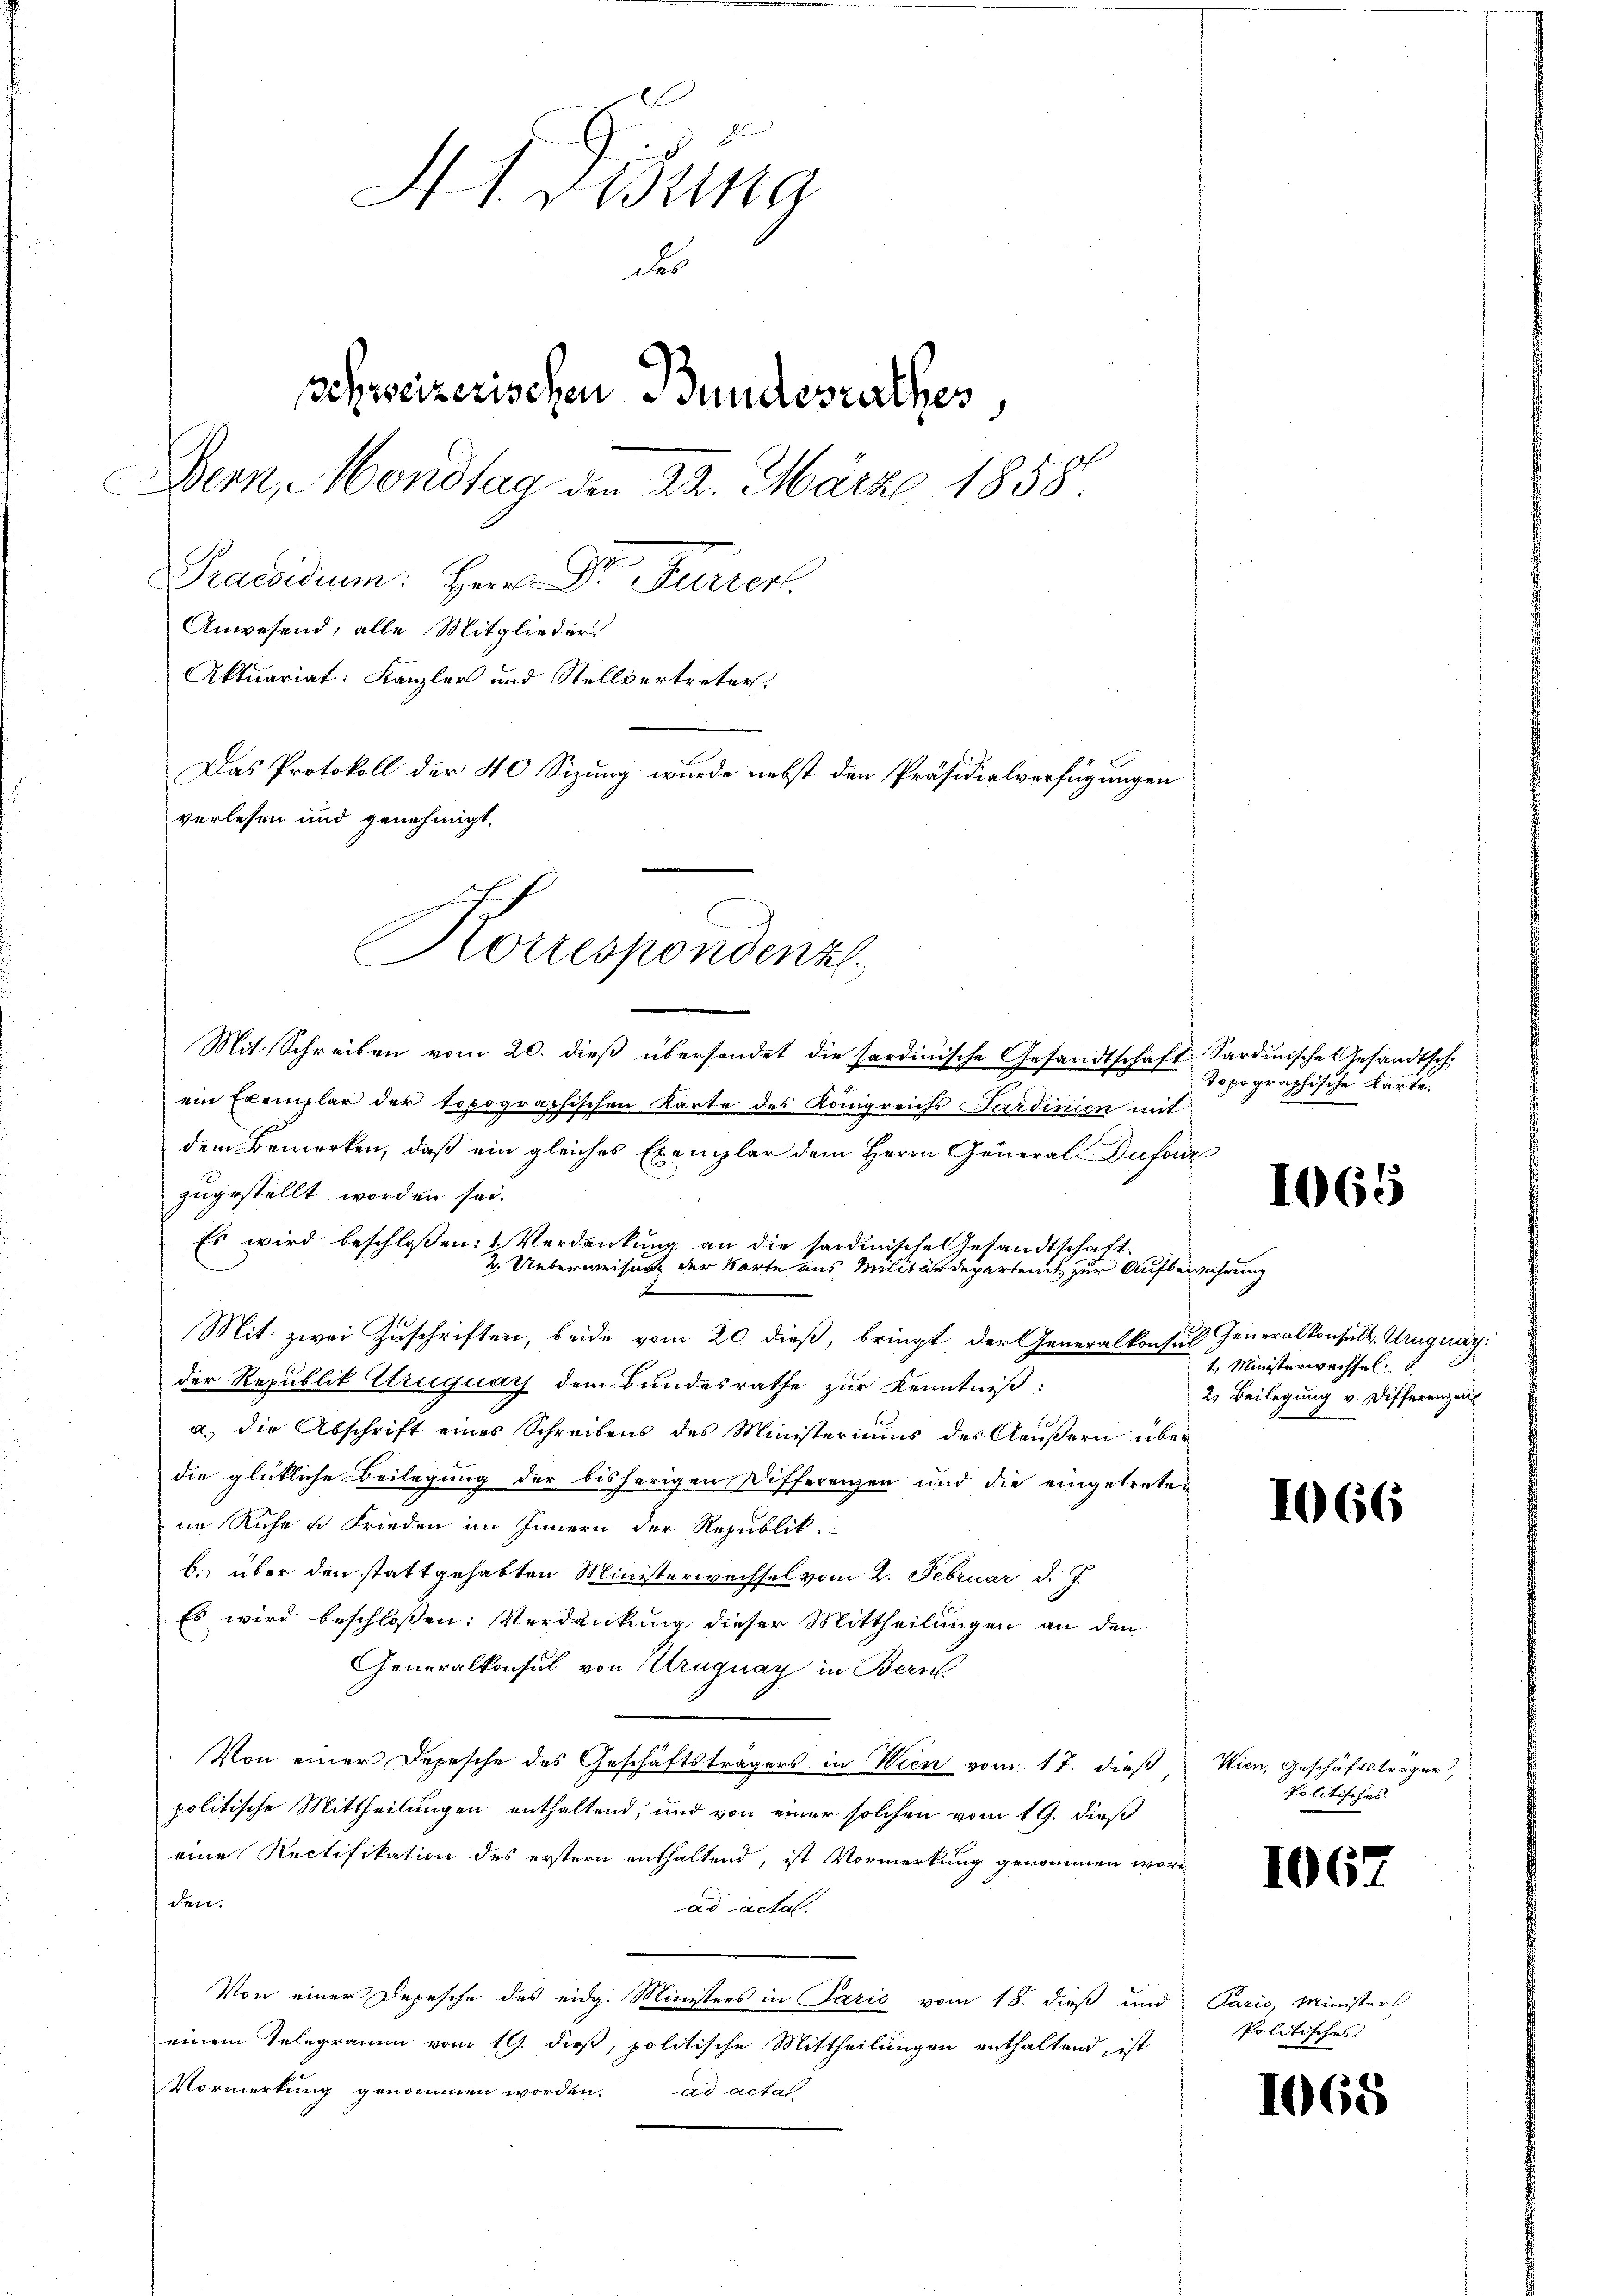
Htdisung
das
schweizerischen Bundesrathes,
Bern, Mondtag den 22. März 1858.
Praesidum: Herr Dr. Furrer
Anwesend; alle Mitglieder
Aktuariat: Kanzler und Stellvertreter
Das Protokoll der 40 Sizung wurde nebst den Präsidialverfügungen
verlesen und genehmigt.

Mit Schreiben vom 20. dieβ übersendet die Sardinische Gesandtschaft Sardinische Gesandtsch
ein Exemplar der topographischen Karte des Königreichs Sardinien mit
dem Bemerken, daß ein gleiches Exemplar dem Herrn General Dufa
zugestellt worden sei.
Es wird beschlossen: 1 Verdankung an die sardinische Gesandtschaft.
2. Ueberweisung der Karte aus, Militärdeparteit zur Aufbewahrung
x
Mit zwei Zuschriften, beide vom 20. dieß, bringt der Generalkonsul Generalkonsult. Uruguay:
der Republik Uruguay dem Bundesrathe zur Kenntniß:
a.) die Abschrift eines Schreibens des Ministeriums des Aeußern überdie glückliche Beilegung der bisherigen Differenzen und die eingetretein Ruhe u Frieden im Innern der Republik.
b. über den stattgehabten Ministerwachsel vom 2. Februar d. J.
Es wird beschlossen: Verdankung dieser Mittheilungen an den
Generalkonsul von Uruguay in Bern
Von einer Depesche des Geschäftsträgers in Wien vom 17. dieß. Wien, Geschäftsträger,
politische Mittheilungen enthaltend, und von einer solchen vom 19. dieß
eine Rectifikation des erstern enthaltend, ist Vormerkung genommen worden.
ad actal.
Von einer Depesche des eidg. Ministers in Paris vom 18. dieß und Paris, Ministers
einem Telegramm vom 19. dieß, politische Mittheilungen enthaltend, ist
Vormerkung genommen worden. ad acta

Korrespondenz

Topographische Karte.

1 Ministerwechsel
2. Beilegung v. Differenzen

1065

166

1067

Politisches

politisches

1065